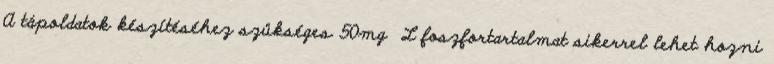
A tápoldatok készítéséhez szükséges 50mg L foszfortartalmat sikerrel lehet hozni